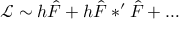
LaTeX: { \mathcal L } \sim h \hat { F } + h \hat { F } \ast ^ { \prime } \hat { F } + \dots